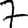
Digit: 7